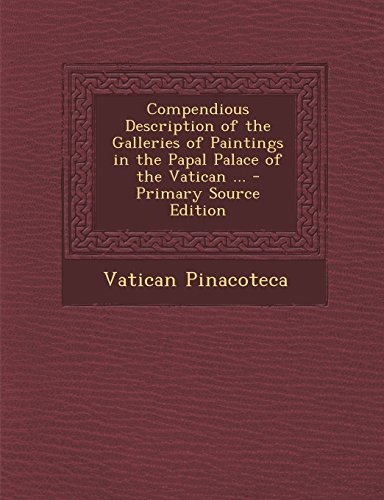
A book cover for Compendious Description of the Galleries of Paintings in the Papal Palace of the Vatican ... - Primary Source Edition; Vatican Pinacoteca; Travel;